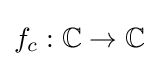
f_{c}:\mathbb {\mathbb {C} } \to \mathbb {\mathbb {C} }